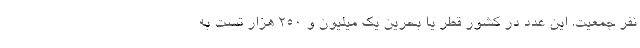
نفر جمعیت. این عدد در کشور قطر یا بحرین یک میلیون و ۲۵۰ هزار تست به